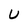
Character: U